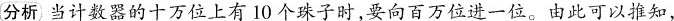
分析当计数器的十万位上有10个珠子时，要向百万位进一位。由此可以推知，